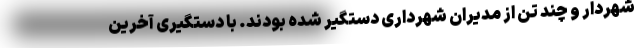
شهردار و چند تن از مدیران شهرداری دستگیر شده بودند. با دستگیری آخرین